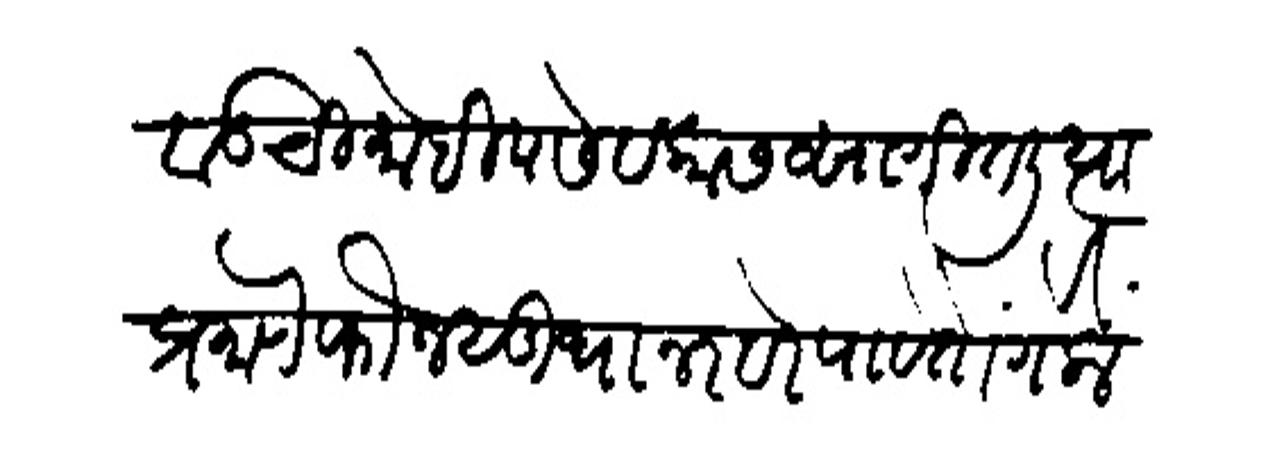
Transliteration (Devanagari): वाडची मोहीम सेवकास सांगितली त्या प्रमाणे फौजसुधा नरवरेपावेतों गेलों